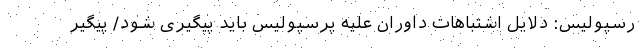
رسپولیس: دلایل اشتباهات داوران علیه پرسپولیس باید پیگیری شود/ پیگیر